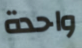
واحدة